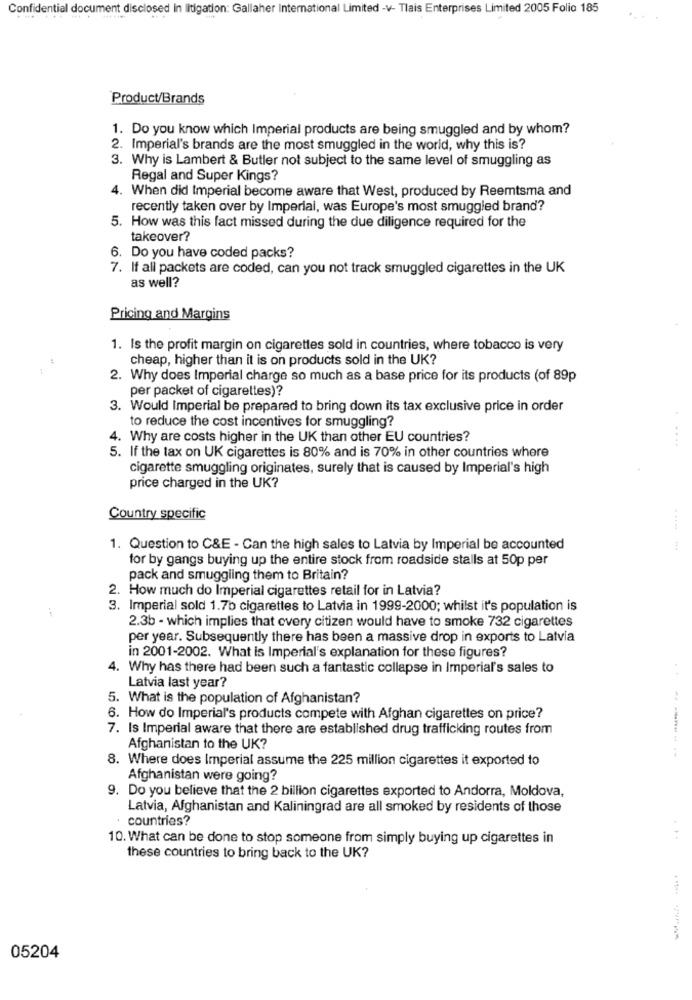
Confidential document disclosed in litigation: Gallaher International Limited -v- Tlais Enterprises Limited 2005 Folio 185
Product/Brands
1. Do you know which Imperial products are being smuggled and by whom?
2. Imperial's brands are the most smuggled in the world, why this is?
3. Why is Lambert & Butler not subject to the same level of smuggling as
Regal and Super Kings?
4. When did Imperial become aware that West, produced by Reemtsma and
recently taken over by Imperial, was Europe's most smuggled brand?
5. How was this fact missed during the due diligence required for the
takeover?
6. Do you have coded packs?
7. If all packets are coded, can you not track smuggled cigarettes in the UK
as well?
Pricing and Margins
1. Is the profit margin on cigarettes sold in countries, where tobacco is very
cheap, higher than it is on products sold in the UK?
2. Why does Imperial charge so much as a base price for its products (of 89p
per packet of cigarettes)?
3. Would Imperial be prepared to bring down its tax exclusive price in order
to reduce the cost incentives for smuggling?
4. Why are costs higher in the UK than other EU countries?
....
5. If the tax on UK cigarettes is 80% and is 70% in other countries where
cigarette smuggling originates, surely that is caused by Imperial's high
price charged in the UK?
Country specific
1. Question to C&E - Can the high sales to Latvia by Imperial be accounted
for by gangs buying up the entire stock from roadside stalls at 50p per
pack and smuggling them to Britain?
2. How much do Imperial cigarettes retail for in Latvia?
3. Imperial sold 1.7b cigarettes to Latvia in 1999-2000; whilst it's population is
2.3b - which implies that every citizen would have to smoke 732 cigarettes
per year. Subsequently there has been a massive drop in exports to Latvia
in 2001-2002. What is Imperial's explanation for these figures?
4. Why has there had been such a fantastic collapse in Imperial's sales to
Latvia last year?
5. What is the population of Afghanistan?
6. How do Imperial's products compete with Afghan cigarettes on price?
7. Is Imperial aware that there are established drug trafficking routes from
Afghanistan to the UK?
8. Where does Imperial assume the 225 million cigarettes it exported to
Afghanistan were going?
9. Do you believe that the 2 billion cigarettes exported to Andorra, Moldova,
Latvia, Afghanistan and Kaliningrad are all smoked by residents of those
countries?
10. What can be done to stop someone from simply buying up cigarettes in
. ...
these countries to bring back to the UK?
05204